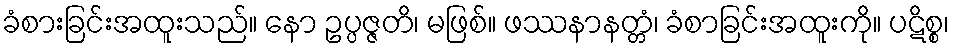
ခံစားခြင်းအထူးသည်။ နော ဥပ္ပဇ္ဇတိ၊ မဖြစ်။ ဖဿနာနတ္တံ၊ ခံစာခြင်းအထူးကို။ ပဋိစ္စ၊